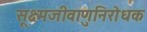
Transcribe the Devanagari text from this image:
सूक्ष्मजीवाणुनिरोधक